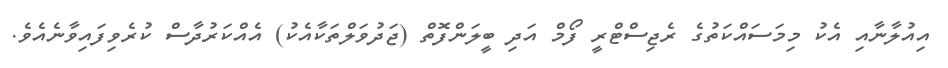
އިއުލާނާއި އެކު މިމަސައްކަތުގެ ރެޖިސްޓްރީ ފޯމް އަދި ބީލަންފޮތް (ޖަދުވަލްތަކާއެކު) އެއްކަރުދާސް ކުރެވިފައިވާނެއެވެ.